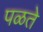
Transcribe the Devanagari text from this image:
पळते